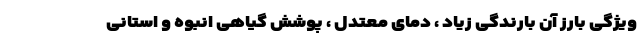
ویژگی بارز آن بارندگی زیاد ، دمای معتدل ،‌ پوشش گیاهی انبوه و استانی